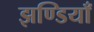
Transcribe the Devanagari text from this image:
झण्डियाँ